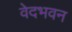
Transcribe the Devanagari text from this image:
वेदभवन